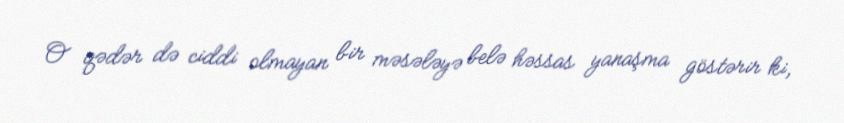
O qədər də ciddi olmayan bir məsələyə belə həssas yanaşma göstərir ki,